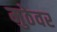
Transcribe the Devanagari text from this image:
मुठेवर